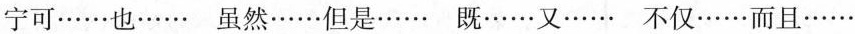
宁可······也······ 虽然······但是······ 既······又······ 不仅······而且······